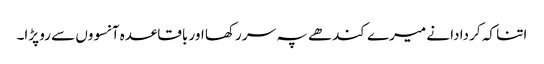
اتنا کہ کر دادا نے میرے کندھے پہ سر رکھا اور باقاعدہ آنسووں سے رو پڑا۔